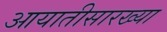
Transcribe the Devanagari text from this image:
आयातीसारख्या